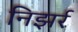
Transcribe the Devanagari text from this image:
निझर्र